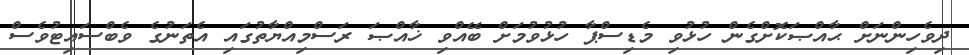
ދިވެހިންނަށް ޙާއްޞަކޮށްގެން ހުޅުވި މެޑިސްޕާ ހުޅުވުމަށް ބޭއްވި ޚާއްޞަ ރަސްމިއްޔާތުގައި އެތަނުގެ ވެބްސައިޓުވެސް